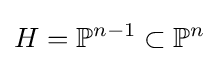
H=\mathbb {P} ^{n-1}\subset \mathbb {P} ^{n}